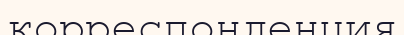
корреспонденция